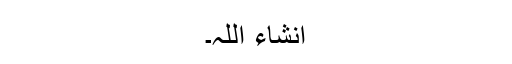
انشاء اللہ۔